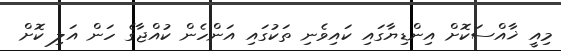
މިއީ ޚާއްސަކޮށް އިންޑިޔާގައި ކައިވެނި ތަކުގައި އަންހެން ކުއްޖާގެ ހަން އަލި ކޮށް